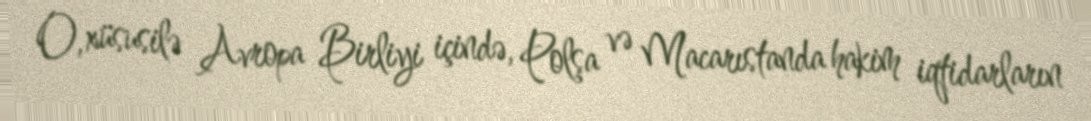
O, xüsusilə Avropa Birliyi içində, Polşa və Macarıstanda hakim iqtidarların